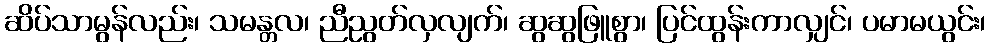
ဆိပ်သာမွန်လည်း၊ သမန္တလ၊ ညီညွတ်လှလျက်၊ ဆွဆွဖြူစွာ၊ ပြင်ထွန်းကာလျှင်၊ ပမာမယွင်း၊